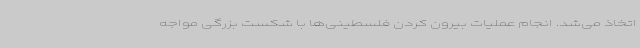
اتخاذ می‌شد. انجام عملیات بیرون کردن فلسطینی‌ها با شکست بزرگی مواجه